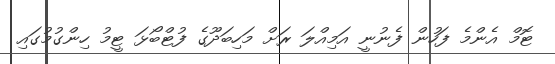
ޓޮމް އެންމެ ފަހުން ފެނުނީ އަމިއްލަ ރަށް މަހިބަދޫގެ ފުޓްބޯޅަ ޓީމު ހިންގުމުގައި